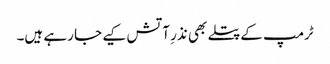
ٹرمپ کے پتلے بھی نذرِ آتش کیے جا رہے ہیں۔